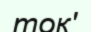
ток'